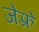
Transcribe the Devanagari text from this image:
जेफ़्रे